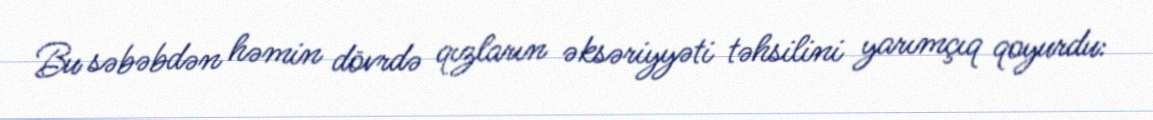
Bu səbəbdən həmin dövrdə qızların əksəriyyəti təhsilini yarımçıq qoyurdu: